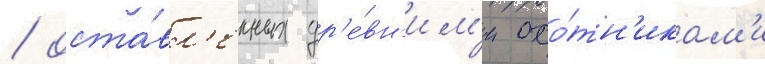
/ оста́вл'енных др'е́вн'им'и охо́тн'икам'и